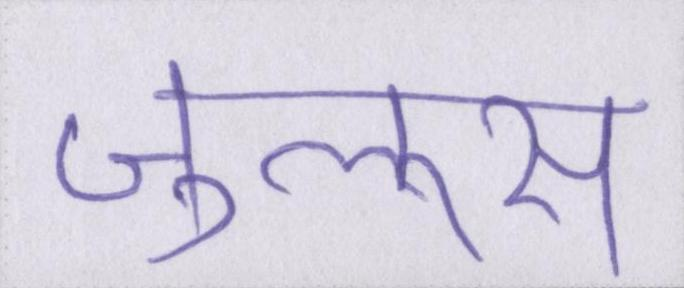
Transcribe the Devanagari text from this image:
जुलूस